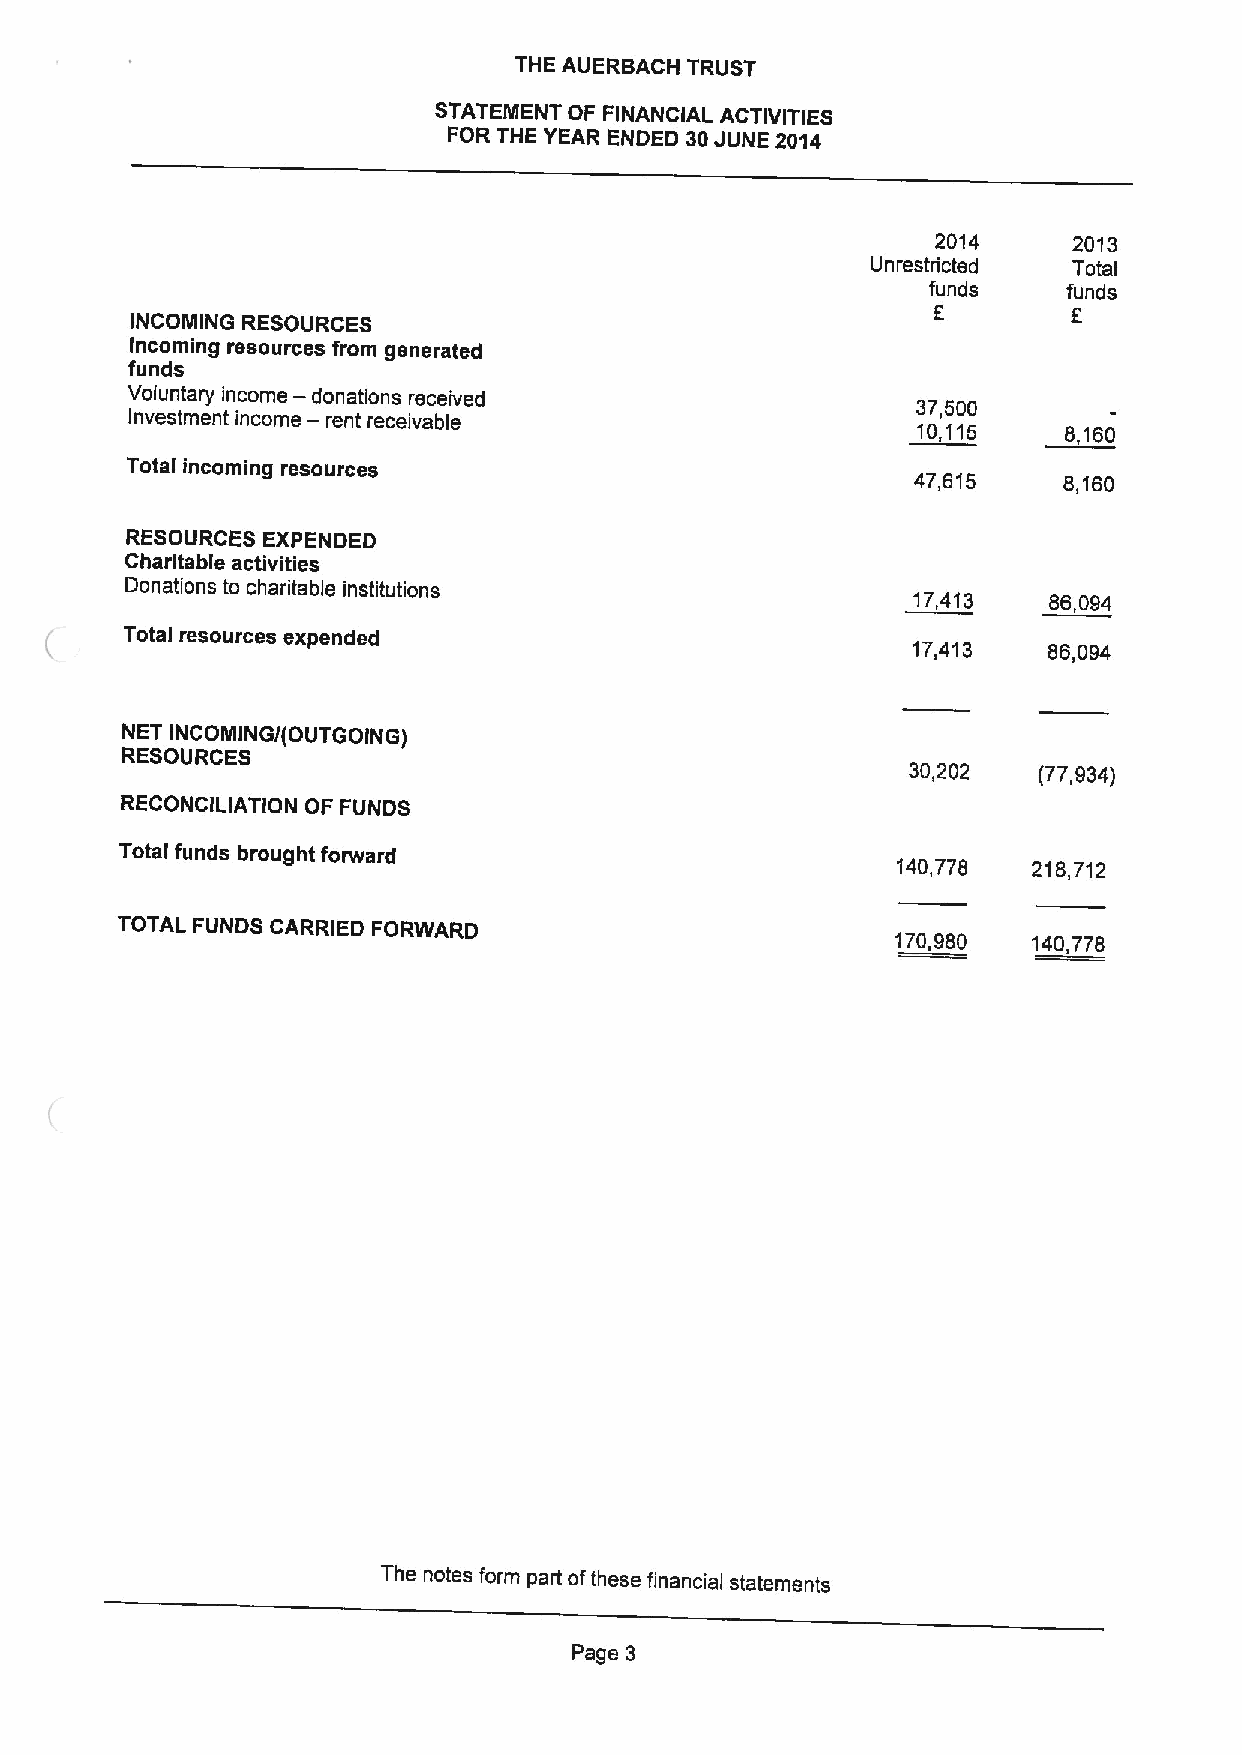
THE AUERBACH TRUST
 STATEMENT OF FINANCIAL ACTIVITIES
 FOR THE YEAR ENDED 30JUNE 2014
 2014     2013
 Unrestricted Total
 funds    funds
 5        8
 INCOMING RESOURCES
 Incoming resources from generated
 funds
 —
 Voluntary income donations received
 Investment income — rent receivable                  37,500
 10,115    8,160
 Total incoming resources
 47,615   8,160
 RESOURCES EXPENDED
 Charitable activities
 Donations to charitable institutions
 17413    86 094
 Total resources expended
 17,413   86,094
 NET INCOMING/(OUTGOING)
 RESOURCES
 30,202   (77,934)
 RECONCILIATION OF FUNDS
 Total funds brought forward
 140,778  218,712
 TOTAL FUNDS CARRIED FORWARD
 170,980  140,778
 The notes form part ofthese financial statements
 Page 3